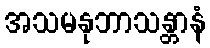
အသမနုဘာသန္တာနံ